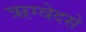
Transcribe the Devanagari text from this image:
ऋग्वेदसे